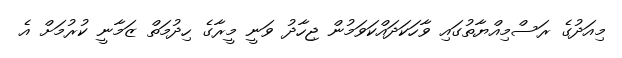
މިއަދުގެ ރަސްމިއްޔާތުގައި ވާހަކަދައްކަވަމުން ޖިހާދު ވަނީ މީރާގެ ހިދުމަތް ޒަމާނީ ކުރުމަށް އެ